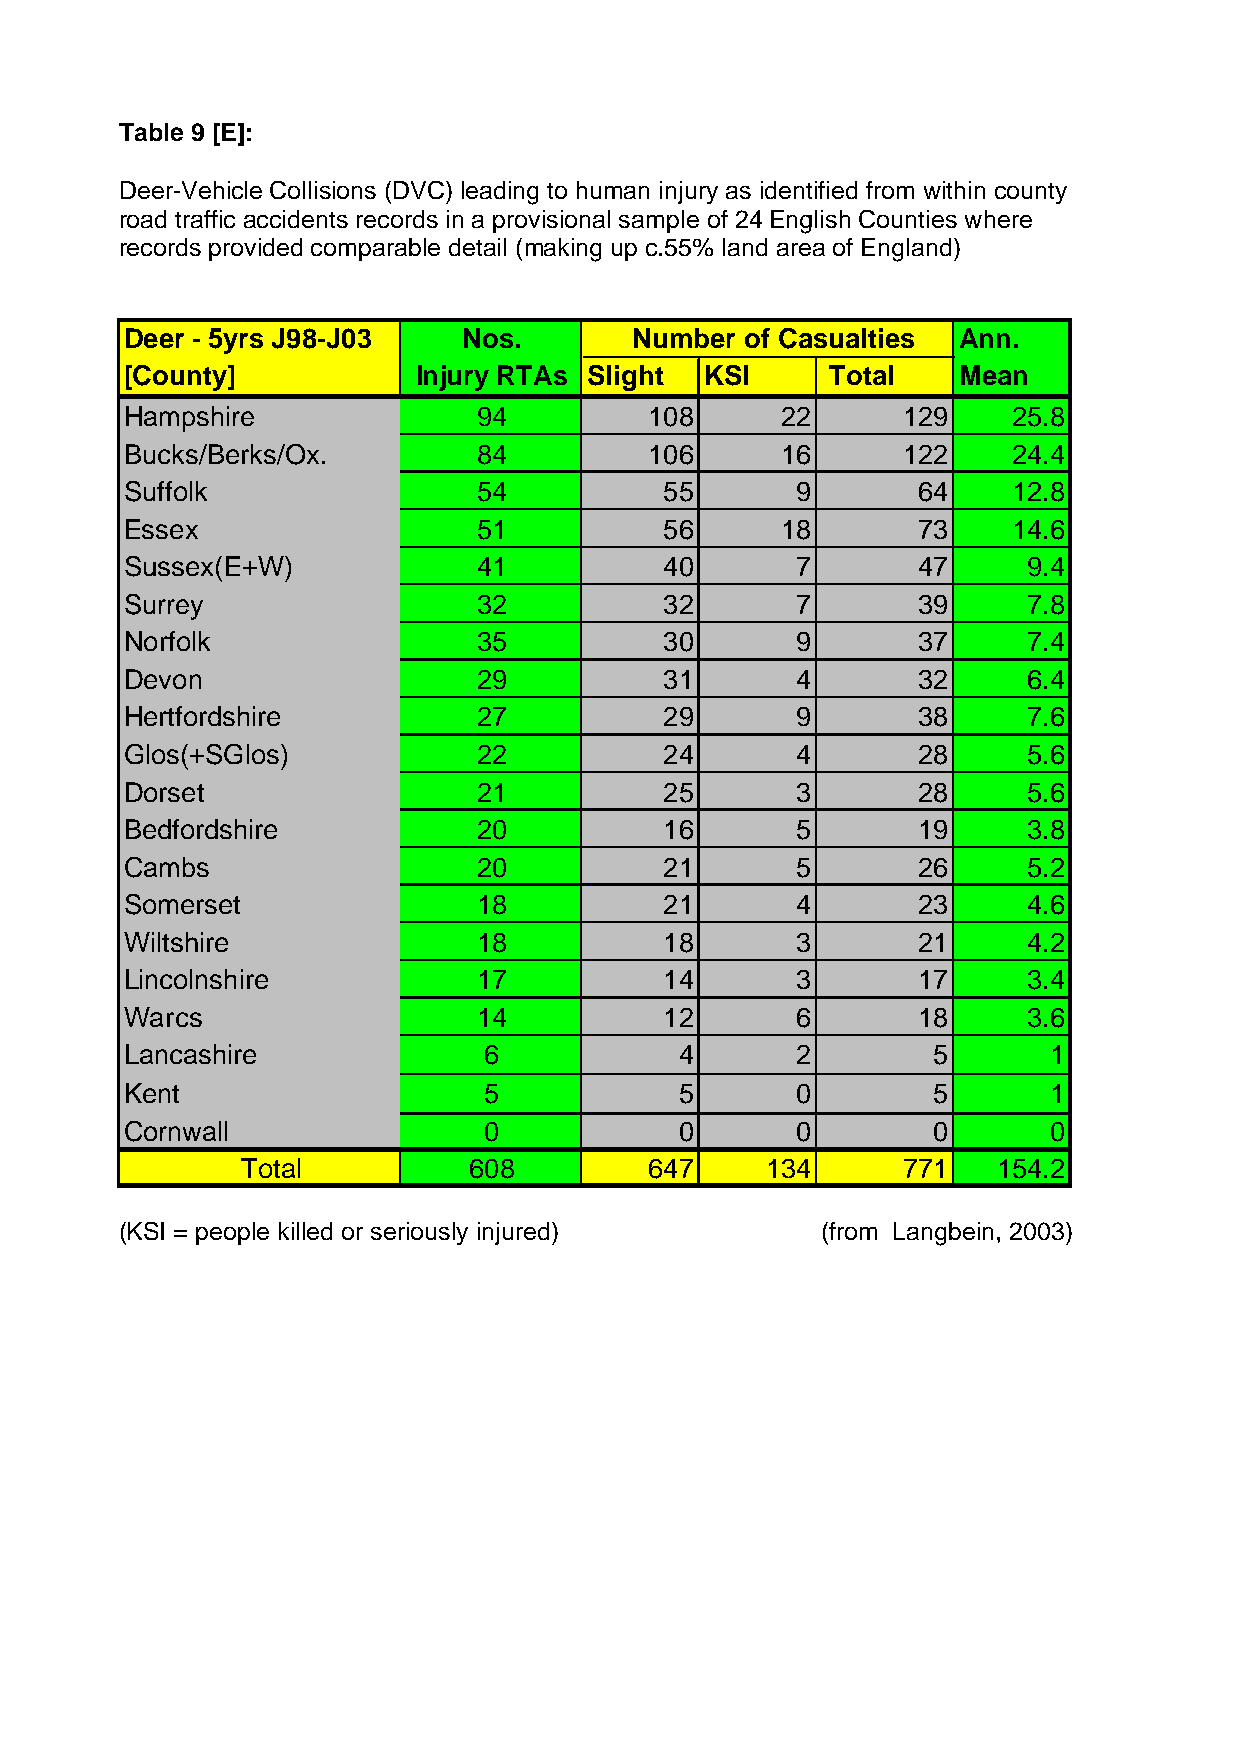
Table 9 [E]:
 Deer-Vehicle Collisions (DVC) leading to human injury as identified from within county
 road traffic accidents records in a provisional sample of 24 English Counties where
 records provided comparable detail (making up c.55% land area of England)
 Deer - 5yrs J98-J03    Nos.       Number of Casualties Ann.
 [County]            Injury RTAs Slight KSI     Total   Mean
 Hampshire               94         108      22      129    25.8
 Bucks/Berks/Ox.         84         106      16      122    24.4
 Suffolk                 54          55       9       64    12.8
 Essex                   51          56      18       73    14.6
 Sussex(E+W)             41          40       7       47     9.4
 Surrey                  32          32       7       39     7.8
 Norfolk                 35          30       9       37     7.4
 Devon                   29          31       4       32     6.4
 Hertfordshire           27          29       9       38     7.6
 Glos(+SGlos)            22          24       4       28     5.6
 Dorset                  21          25       3       28     5.6
 Bedfordshire            20          16       5       19     3.8
 Cambs                   20          21       5       26     5.2
 Somerset                18          21       4       23     4.6
 Wiltshire               18          18       3       21     4.2
 Lincolnshire            17          14       3       17     3.4
 Warcs                   14          12       6       18     3.6
 Lancashire              6            4       2        5       1
 Kent                    5            5       0        5       1
 Cornwall                0            0       0        0       0
 Total          608         647     134      771   154.2
 (KSI = people killed or seriously injured)    (from Langbein, 2003)